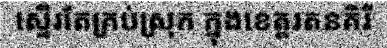
ស្ទើរតែគ្រប់ស្រុក ក្នុងខេត្តរតនគិរី